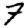
Digit: 7